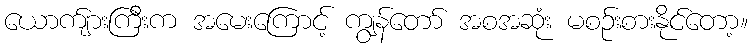
ယောက်ျားကြီးက အမေးကြောင့် ကျွန်တော် အစအဆုံး မစဉ်းစားနိုင်တော့။